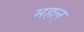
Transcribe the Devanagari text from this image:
महल्